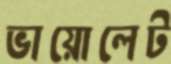
ভায়োলেট